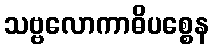
သဗ္ဗလောကာဓိပစ္စေန